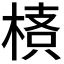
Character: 𣖌